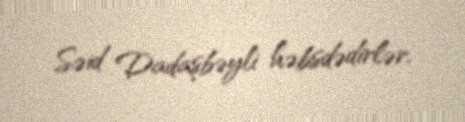
Səid Dadaşbəyli həbsdədirlər.